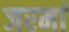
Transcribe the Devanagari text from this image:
जरमां